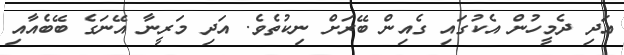
އަދި ދެމީހުން އެކުގައި ގެއިން ބޭރަށް ނިކުތެވެ. އަދި މަރީނާ އޭނަގެ ބޭބެއާއި